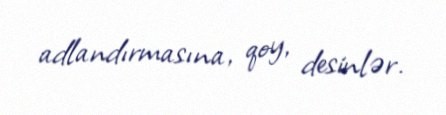
adlandırmasına, qoy, desinlər.